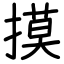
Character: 摸